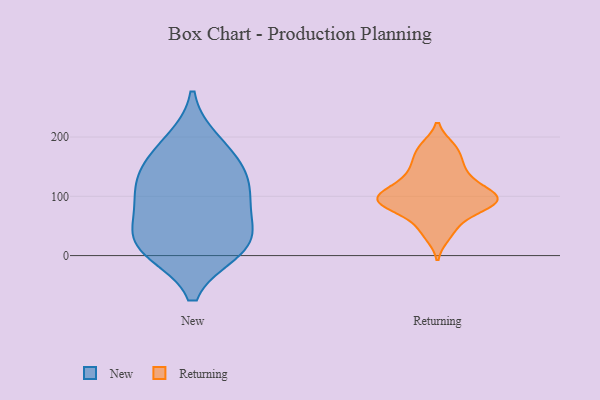
{"axis": {"x": "Operating Costs (USD K)", "y": "Value"}, "legend": ["New", "Returning"], "data": [{"x": "", "y": 91, "type": "New"}, {"x": "", "y": 161, "type": "New"}, {"x": "", "y": 22, "type": "New"}, {"x": "", "y": 190, "type": "New"}, {"x": "", "y": 23, "type": "New"}, {"x": "", "y": 11, "type": "New"}, {"x": "", "y": 87, "type": "New"}, {"x": "", "y": 139, "type": "New"}, {"x": "", "y": 117, "type": "New"}, {"x": "", "y": 24, "type": "New"}, {"x": "", "y": 160, "type": "Returning"}, {"x": "", "y": 47, "type": "Returning"}, {"x": "", "y": 104, "type": "Returning"}, {"x": "", "y": 93, "type": "Returning"}, {"x": "", "y": 137, "type": "Returning"}, {"x": "", "y": 33, "type": "Returning"}, {"x": "", "y": 183, "type": "Returning"}, {"x": "", "y": 99, "type": "Returning"}, {"x": "", "y": 98, "type": "Returning"}, {"x": "", "y": 78, "type": "Returning"}, {"x": "", "y": 91, "type": "Returning"}, {"x": "", "y": 149, "type": "Returning"}, {"x": "", "y": 117, "type": "Returning"}, {"x": "", "y": 91, "type": "Returning"}, {"x": "", "y": 123, "type": "Returning"}, {"x": "", "y": 91, "type": "Returning"}, {"x": "", "y": 69, "type": "Returning"}, {"x": "", "y": 182, "type": "Returning"}]}